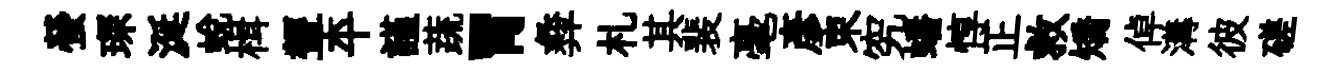
螢琛涎蜕楫顰平謹蔬胃彜札其裴毫彥束究蟠惇正救矯倬溝彼磋